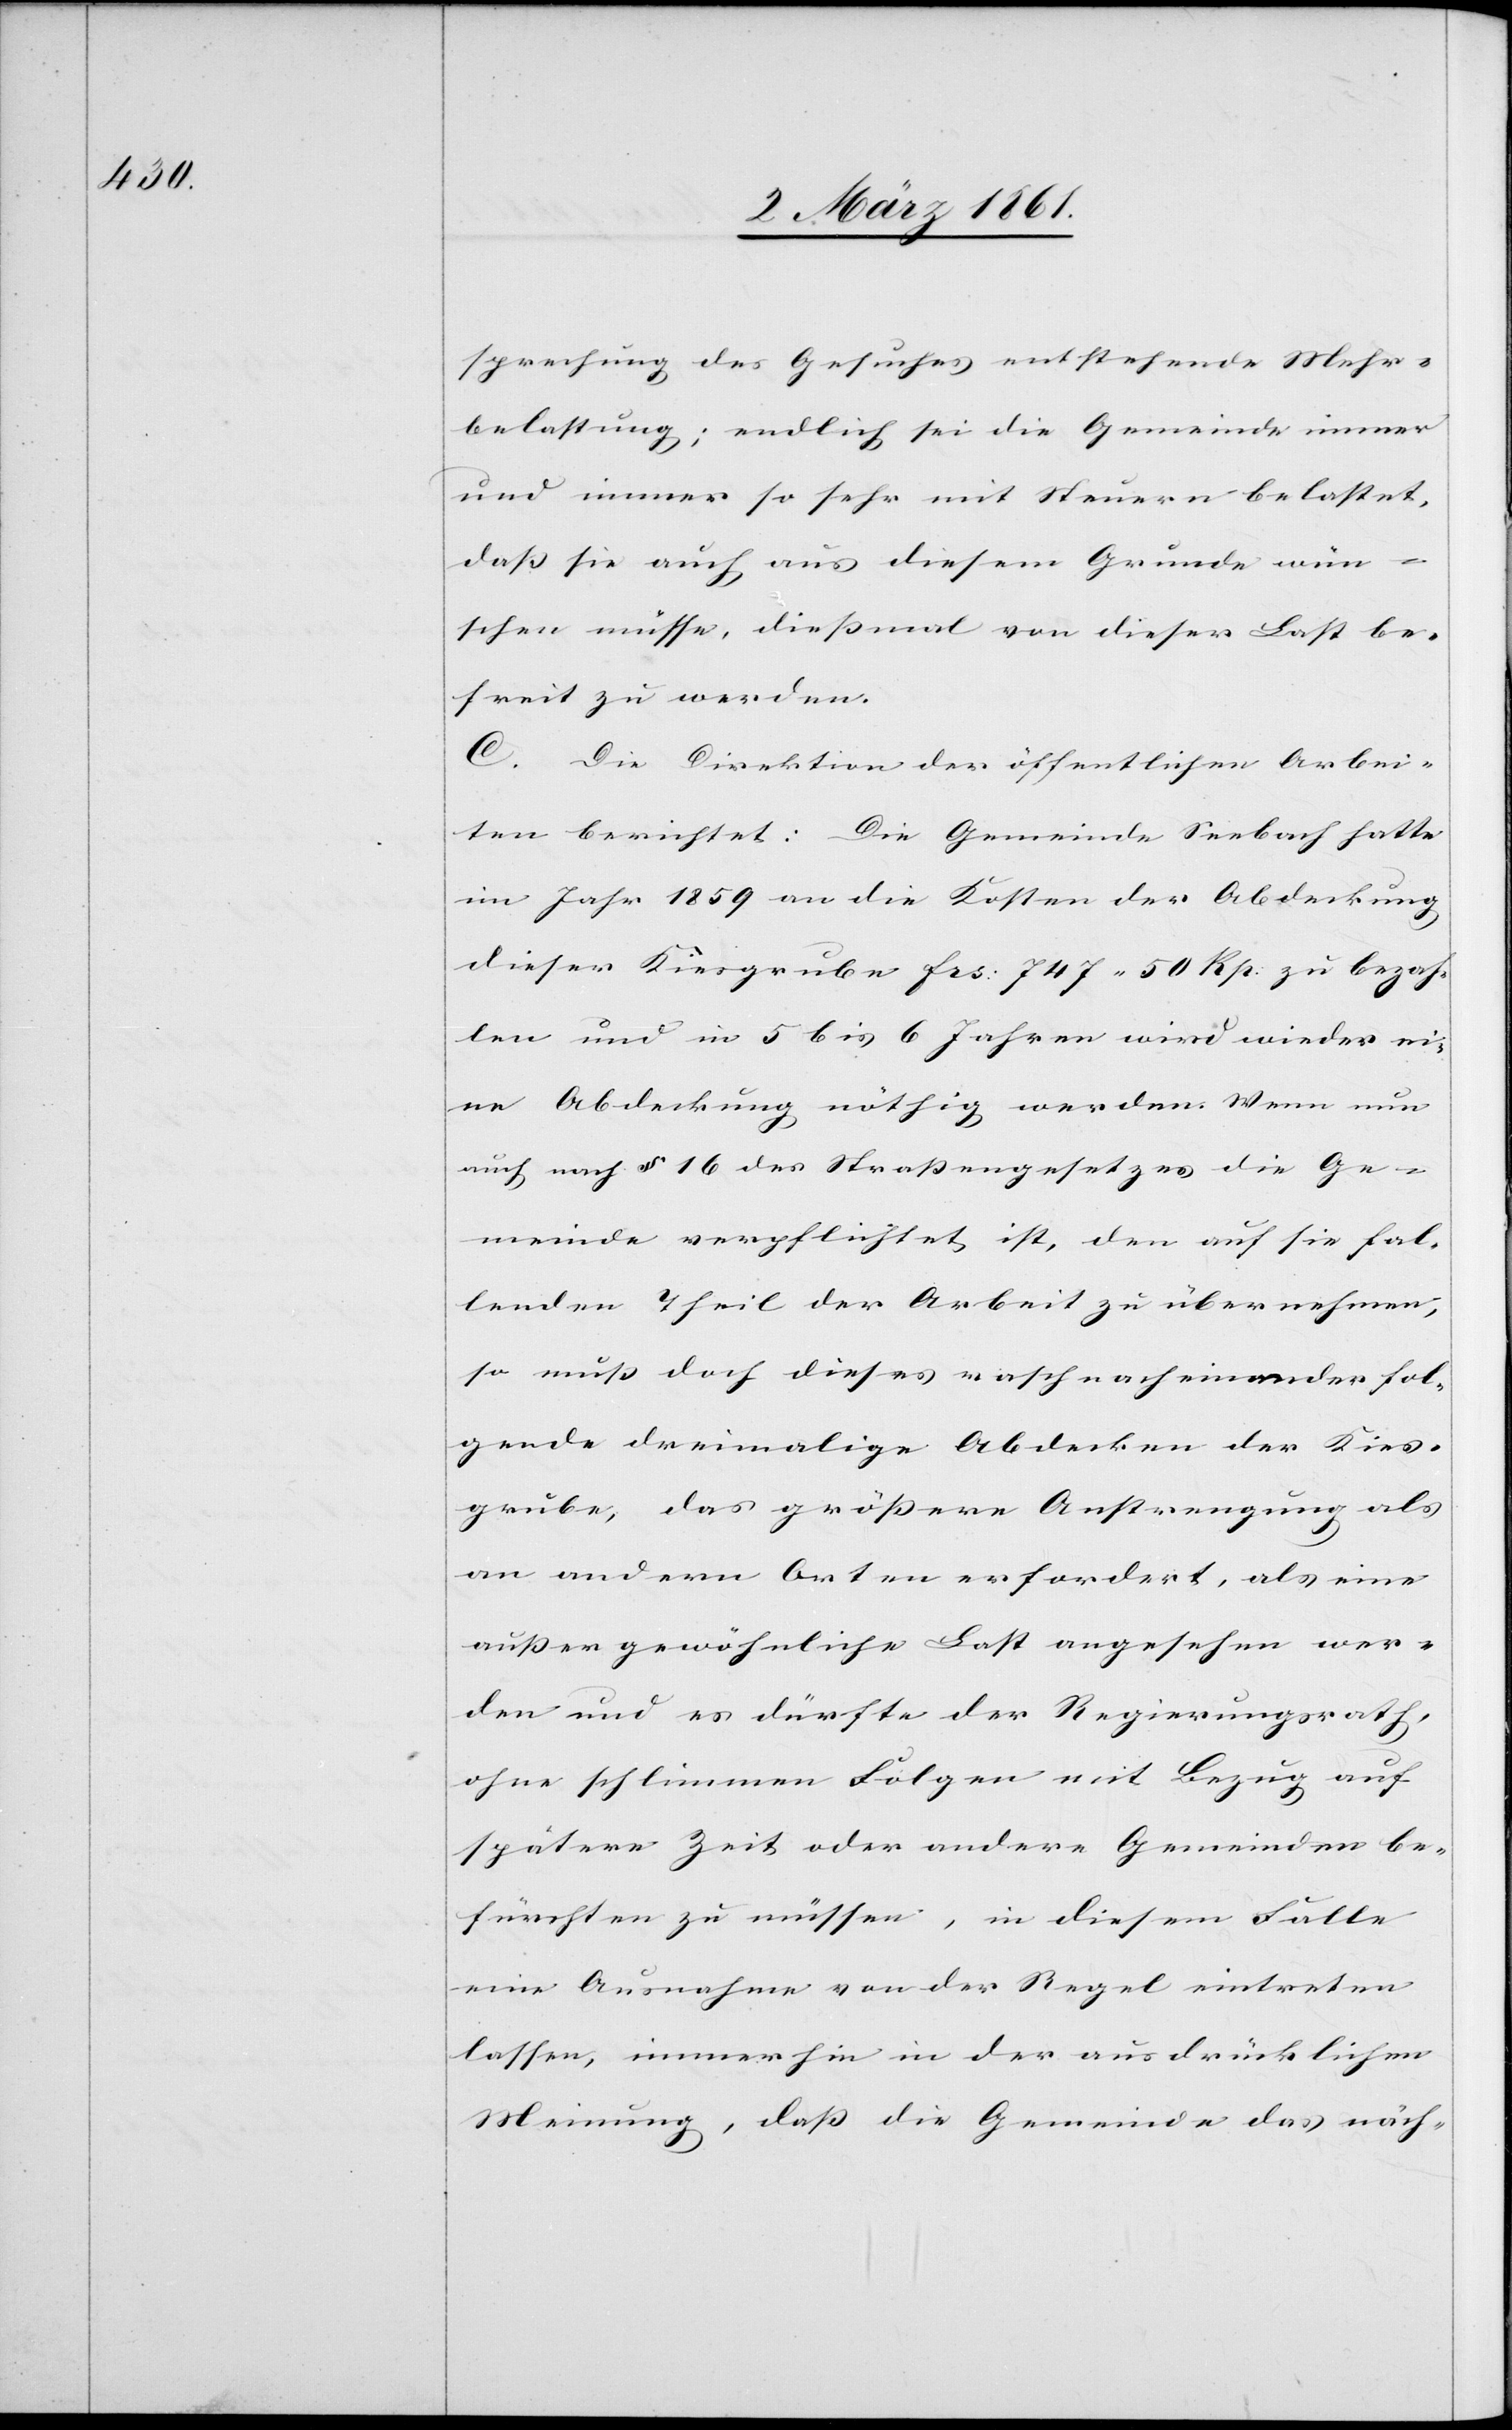
sprechung des Gesuches entstehende Mehr¬
belassung; endlich sei die Gemeinde immer
und immer so sehr mit Steuern belastet,
dass sie auch aus diesem Grunde wün¬
schen müsse, diessmal von dieser Last be¬
freit zu werden.
C. Die Direktion der öffentlichen Arbei¬
ten berichtet: Die Gemeinde Seebach hatte
im Jahr 1859 an die Kosten der Abdeckung
dieser Kiesgrube fcs: 747 50 Rp. zu bezah¬
len und in 5 bis 6 Jahren wird wieder ei¬
ne Abdeckung nöthig werden. Wenn nun
auch nach §. 16 des Strassengesetzes die Ge¬
meinde verpflichtet ist, den auf sie fal¬
lenden Theil der Arbeit zu übernehmen,
so muss doch dieses rasch nacheinander fol¬
gende dreimalige Abdecken der Kies¬
grube das grössere Anstrengung als
an andern Orten erfordert, als eine
ausser gewöhnliche Last angesehen wer¬
den und es dürfte der Regierungsrath,
ohne schlimme Folgen mit Bezug auf
spätere Zeit oder andere Gemeinden be¬
fürchten zu müssen, in diesem Falle
eine Ausnahme von der Regel eintreten
lassen, immerhin in der ausdrücklichen
Meinung, dass die Gemeinde das näch-